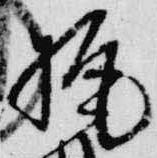
梶